Scottish Certificate of Education, 1963
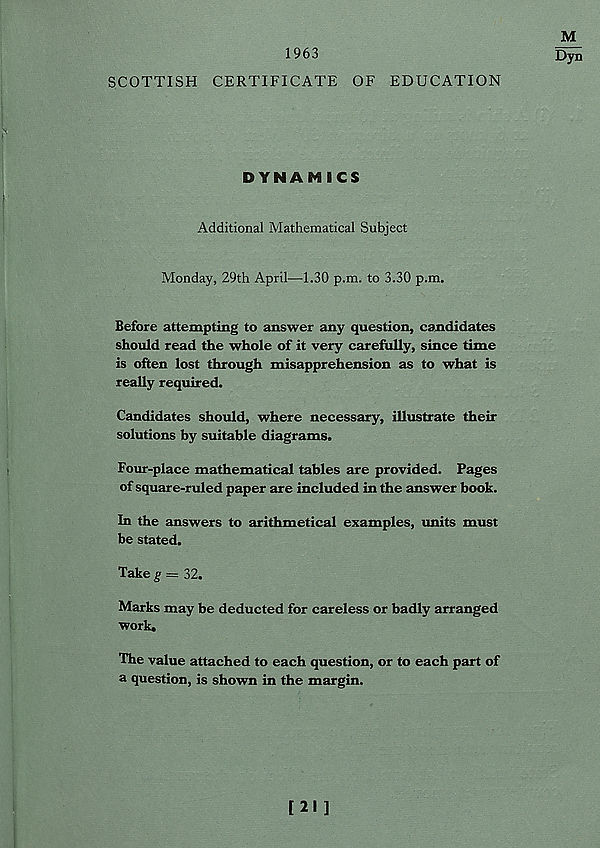
M
1963
Dyn
SCOTTISH CERTIFICATE OF EDUCATION
DYNAMICS
Additional Mathematical Subject
Monday, 29th April—1.30 p.m. to 3.30 p.m.
Before attempting to answer any question, candidates
should read the whole of it very carefully, since time
is often lost through misapprehension as to what is
really required.
Candidates should, where necessary, illustrate then-
solutions by suitable diagrams.
Four-place mathematical tables are provided. Pages
of square-ruled paper are included in the answer book.
In the answers to arithmetical examples, units must
be stated.
Take g = 32.
Marks may be deducted for careless or badly arranged
work.
The value attached to each question, or to each part of
a question, is shown in the margin.
[21 ]